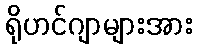
ရိုဟင်ဂျာများအား